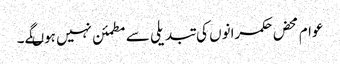
عوام محض حکمرانوں کی تبدیلی سے مطمئن نہیں ہوںگے۔